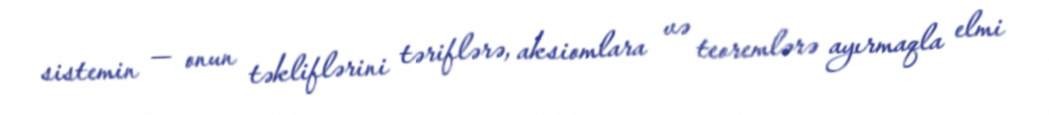
sistemin — onun təkliflərini təriflərə, aksiomlara və teoremlərə ayırmaqla elmi